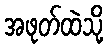
အဖုတ်ထဲသို့